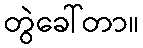
တွဲခေါ်တာ။